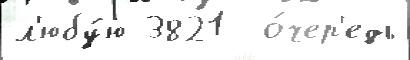
л'юбу́ю 3821  о́чер'едь